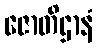
ဇောတိဌာနံ